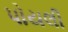
પોયલી